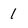
Character: 1